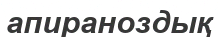
апираноздық